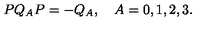
P Q _ { A } P = - Q _ { A } , \quad A = 0 , 1 , 2 , 3 .